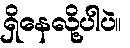
ရှိနေလို့ပါပဲ။